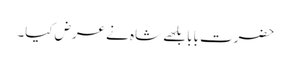
حضرت بابا بلھے شاہ نے عرض کیا۔